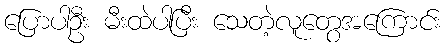
ပြောပါဦး မီးထဲပါပြီး သေတဲ့လူတွေအကြောင်း